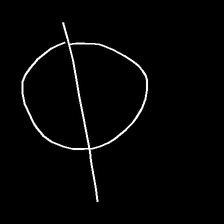
Glyph: orb